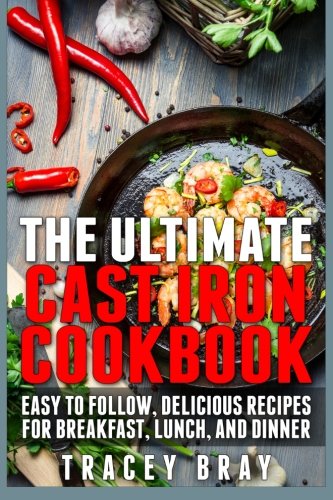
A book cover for The Ultimate Cast Iron Cookbook: Easy to Follow, Delicious Recipes for Breakfast, Lunch, and Dinner; Tracey Bray; Cookbooks, Food & Wine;